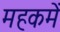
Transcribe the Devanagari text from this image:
महकमें